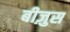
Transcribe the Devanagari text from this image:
बीज़ुस